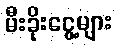
မီးခိုးငွေ့များ